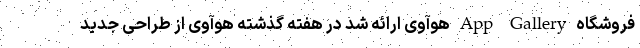
فروشگاه App Gallery هوآوی ارائه شد در هفته گذشته هوآوی از طراحی جدید